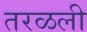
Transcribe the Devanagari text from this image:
तरळली